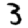
Digit: 3